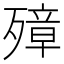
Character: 𰚁